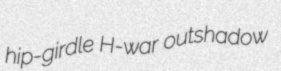
hip-girdle H-war outshadow